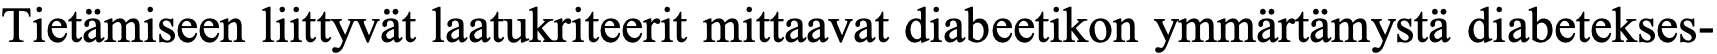
Tietämiseen liittyvät laatukriteerit mittaavat diabeetikon ymmärtämystä diabetekses-